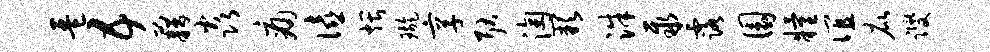
琶五藉焱痛僖煨璇享耿淘缺洙聚露圜粮谊庇躞